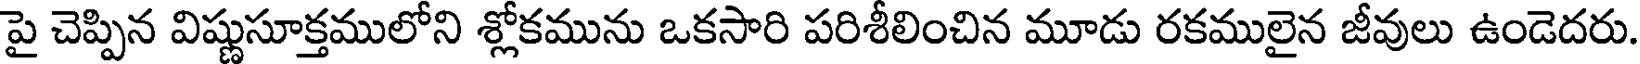
పై చెప్పిన విష్ణుసూక్తములోని శ్లోకమును ఒకసారి పరిశీలించిన మూడు రకములైన జీవులు ఉండెదరు